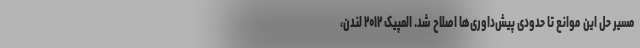
مسیر حل این موانع تا حدودی پیش‌داوری‌ها اصلاح شد. المپیک ۲۰۱۲ لندن،